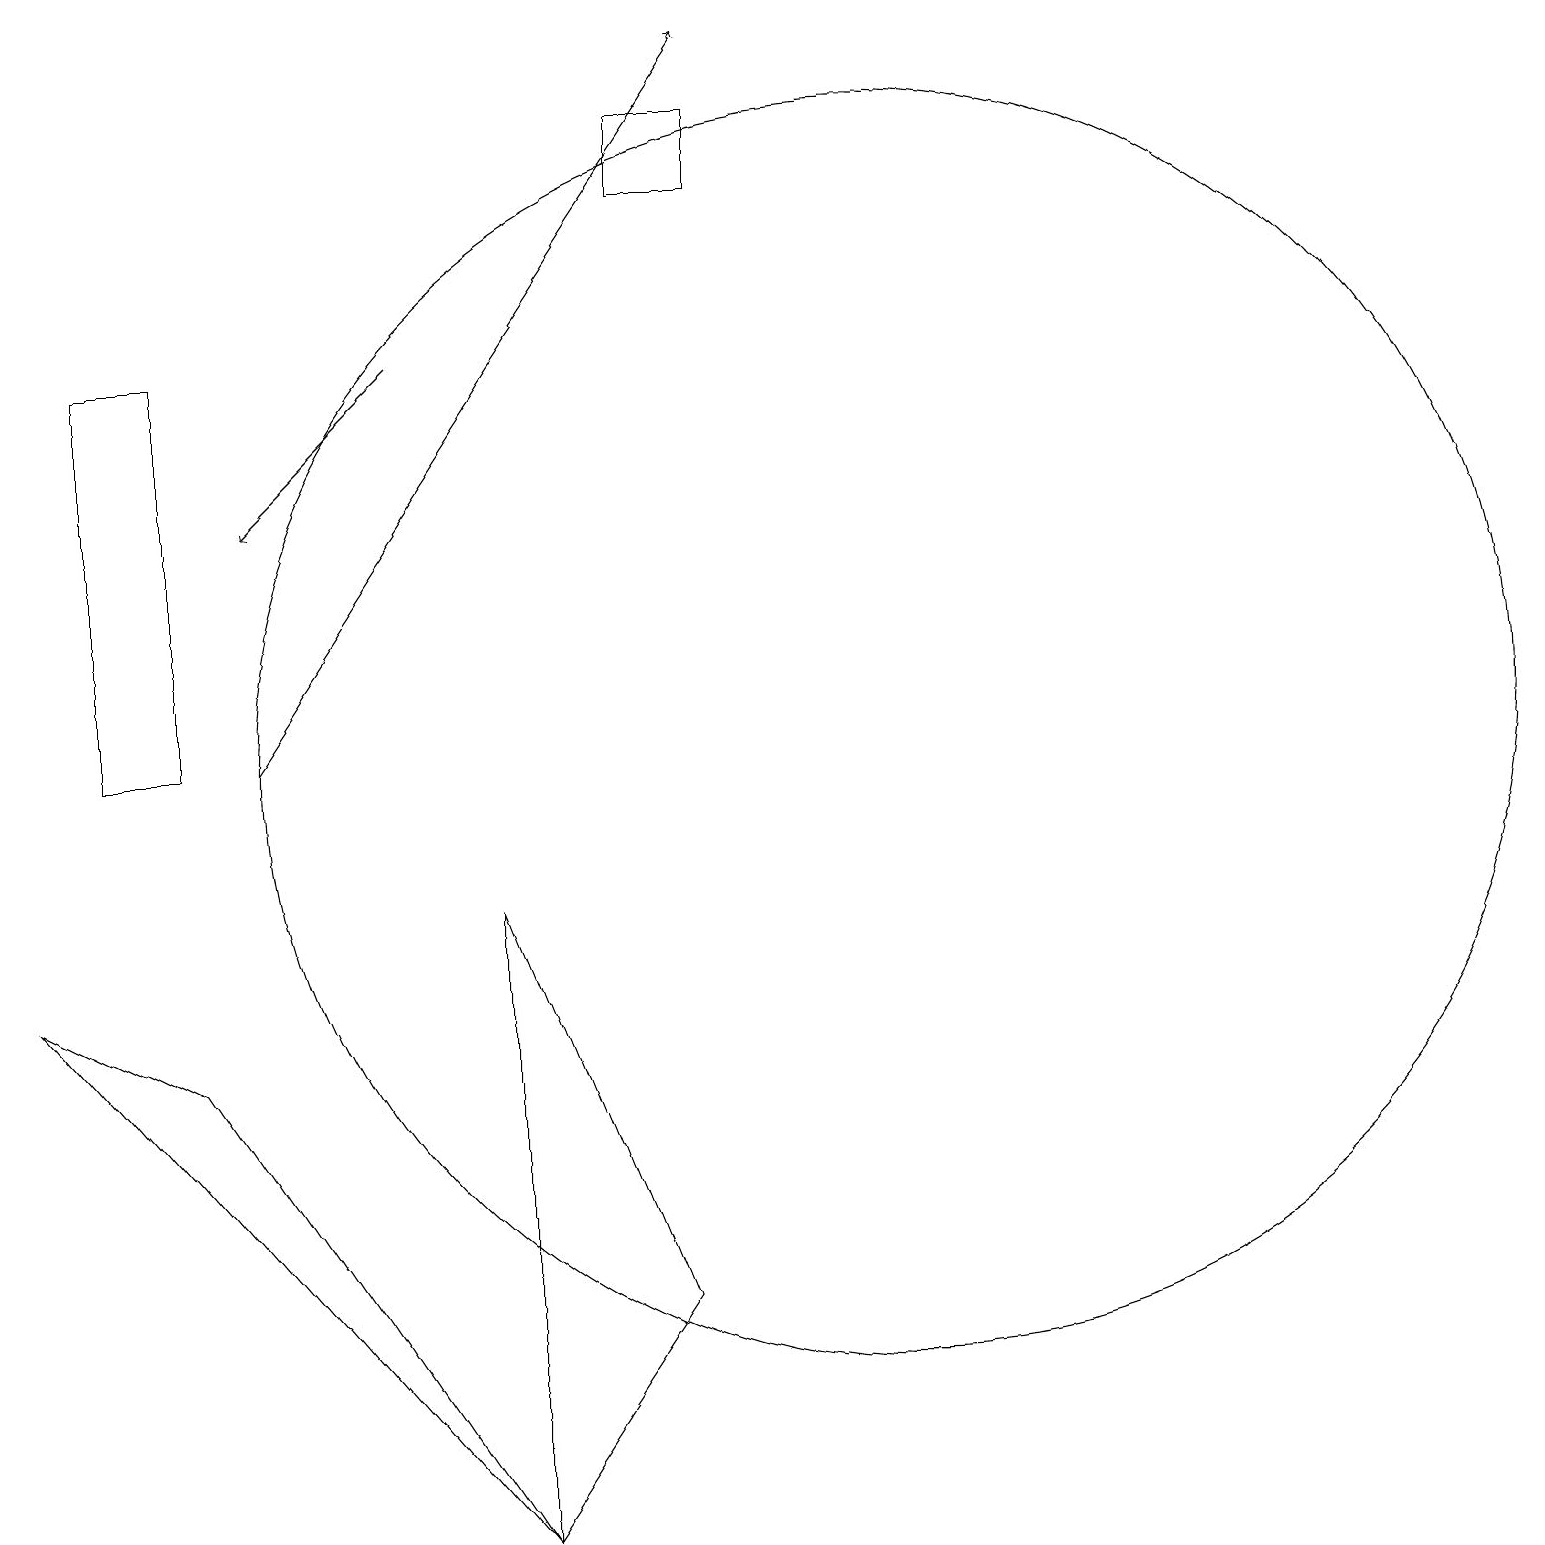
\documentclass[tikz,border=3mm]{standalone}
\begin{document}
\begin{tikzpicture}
\draw (11,10) circle (8);
\draw (6,0) -- (2,6) -- (0,7) -- cycle;
\draw[->] (5,15) -- (3,13);
\draw (2,10) rectangle (1,15);
\draw (6,0) -- (6,8) -- (8,3) -- cycle;
\draw (9,17) rectangle (8,18);
\draw[->] (3,10) -- (9,19);
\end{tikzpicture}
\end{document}